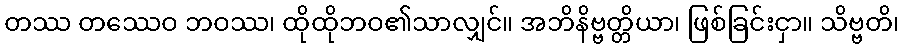
တဿ တဿေဝ ဘဝဿ၊ ထိုထိုဘဝ၏သာလျှင်။ အဘိနိဗ္ဗတ္တိယာ၊ ဖြစ်ခြင်းငှာ။ သိဗ္ဗတိ၊